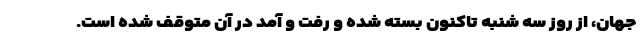
جهان، از روز سه شنبه تاکنون بسته شده و رفت و آمد در آن متوقف شده است.